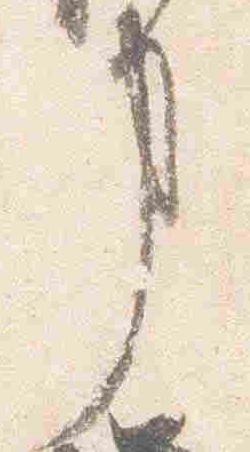
事